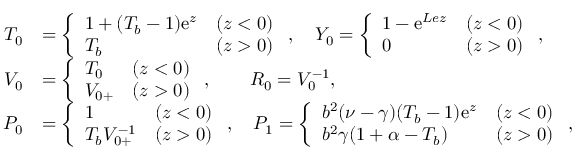
\begin{array} { r l } { { T } _ { 0 } } & { = \left\{ \begin{array} { l l l } { 1 + ( T _ { b } - 1 ) \mathrm { e } ^ { z } } & { ( z < 0 ) } \\ { T _ { b } } & { ( z > 0 ) } \end{array} \right. , \quad { Y } _ { 0 } = \left\{ \begin{array} { l l l } { 1 - \mathrm { e } ^ { L e z } } & { ( z < 0 ) } \\ { 0 } & { ( z > 0 ) } \end{array} \right. , } \\ { { V } _ { 0 } } & { = \left\{ \begin{array} { l l l } { { T } _ { 0 } } & { ( z < 0 ) } \\ { V _ { 0 + } } & { ( z > 0 ) } \end{array} \right. , \quad \quad { R } _ { 0 } = { V } _ { 0 } ^ { - 1 } , } \\ { { P } _ { 0 } } & { = \left\{ \begin{array} { l l l } { 1 } & { ( z < 0 ) } \\ { T _ { b } V _ { 0 + } ^ { - 1 } } & { ( z > 0 ) } \end{array} \right. , \quad { P } _ { 1 } = \left\{ \begin{array} { l l l } { b ^ { 2 } ( \nu - \gamma ) ( T _ { b } - 1 ) \mathrm { e } ^ { z } } & { ( z < 0 ) } \\ { b ^ { 2 } \gamma ( 1 + \alpha - T _ { b } ) } & { ( z > 0 ) } \end{array} \right. , } \end{array}